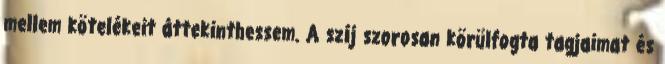
mellem kötelékeit áttekinthessem. A szíj szorosan körülfogta tagjaimat és